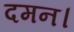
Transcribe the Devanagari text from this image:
दमन।